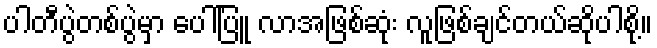
ပါတီပွဲတစ်ပွဲမှာ ပေါ်ပြူ လာအဖြစ်ဆုံး လူဖြစ်ချင်တယ်ဆိုပါစို့။